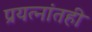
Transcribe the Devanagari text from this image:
प्रयत्‍नांतही